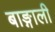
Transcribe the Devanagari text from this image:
बाङ्गाली